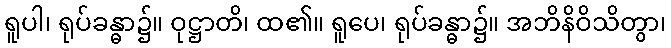
ရူပါ၊ ရုပ်ခန္ဓာ၌။ ဝုဋ္ဌာတိ၊ ထ၏။ ရူပေ၊ ရုပ်ခန္ဓာ၌။ အဘိနိဝိသိတွာ၊